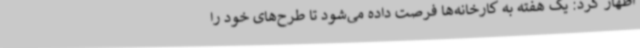
اظهار کرد: یک هفته به کارخانه‌ها فرصت داده می‌شود تا طرح‌های خود را